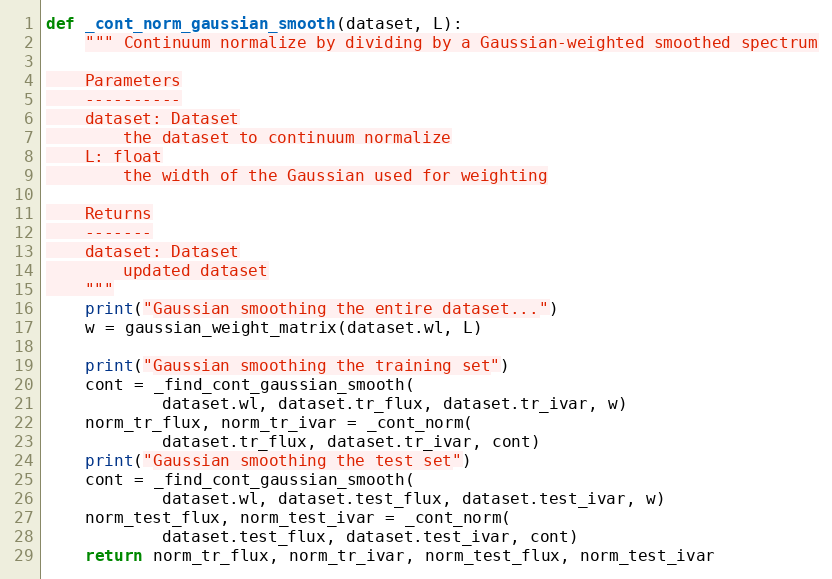
Language: Python
def _cont_norm_gaussian_smooth(dataset, L):
    """ Continuum normalize by dividing by a Gaussian-weighted smoothed spectrum

    Parameters
    ----------
    dataset: Dataset
        the dataset to continuum normalize
    L: float
        the width of the Gaussian used for weighting

    Returns
    -------
    dataset: Dataset
        updated dataset
    """
    print("Gaussian smoothing the entire dataset...")
    w = gaussian_weight_matrix(dataset.wl, L)

    print("Gaussian smoothing the training set")
    cont = _find_cont_gaussian_smooth(
            dataset.wl, dataset.tr_flux, dataset.tr_ivar, w)
    norm_tr_flux, norm_tr_ivar = _cont_norm(
            dataset.tr_flux, dataset.tr_ivar, cont)
    print("Gaussian smoothing the test set")
    cont = _find_cont_gaussian_smooth(
            dataset.wl, dataset.test_flux, dataset.test_ivar, w)
    norm_test_flux, norm_test_ivar = _cont_norm(
            dataset.test_flux, dataset.test_ivar, cont)
    return norm_tr_flux, norm_tr_ivar, norm_test_flux, norm_test_ivar